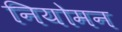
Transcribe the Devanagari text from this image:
नियोमन